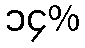
၁၄%